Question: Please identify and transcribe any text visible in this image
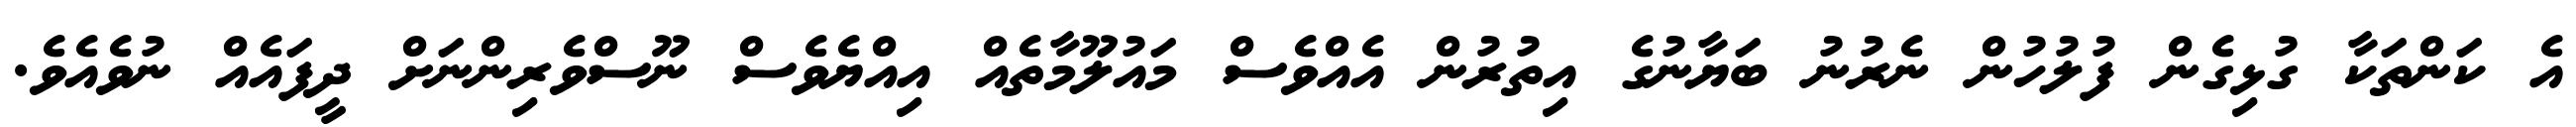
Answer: އެ ކަންތަކާ ގުޅިގެން ފުލުހުން ނެރުނު ބަޔާނުގެ އިތުރުން އެއްވެސް މައުލޫމާތެއް އިއްޔެވެސް ނޫސްވެރިންނަށް ދީފައެއް ނުވެއެވެ.